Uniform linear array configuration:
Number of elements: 64
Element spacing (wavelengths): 0.75
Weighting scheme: uniform
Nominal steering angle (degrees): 0
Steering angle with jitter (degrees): -1.63
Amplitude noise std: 0.05
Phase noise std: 0.05

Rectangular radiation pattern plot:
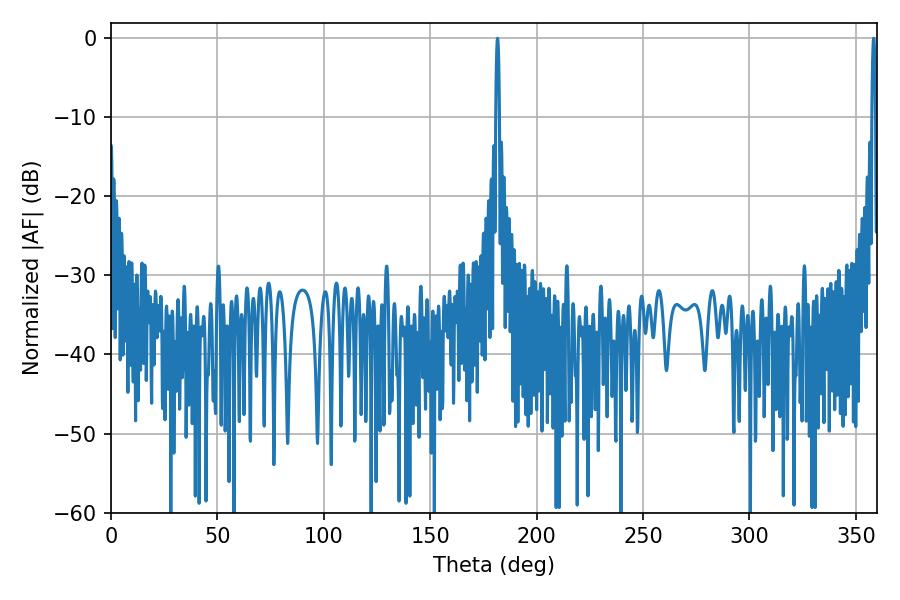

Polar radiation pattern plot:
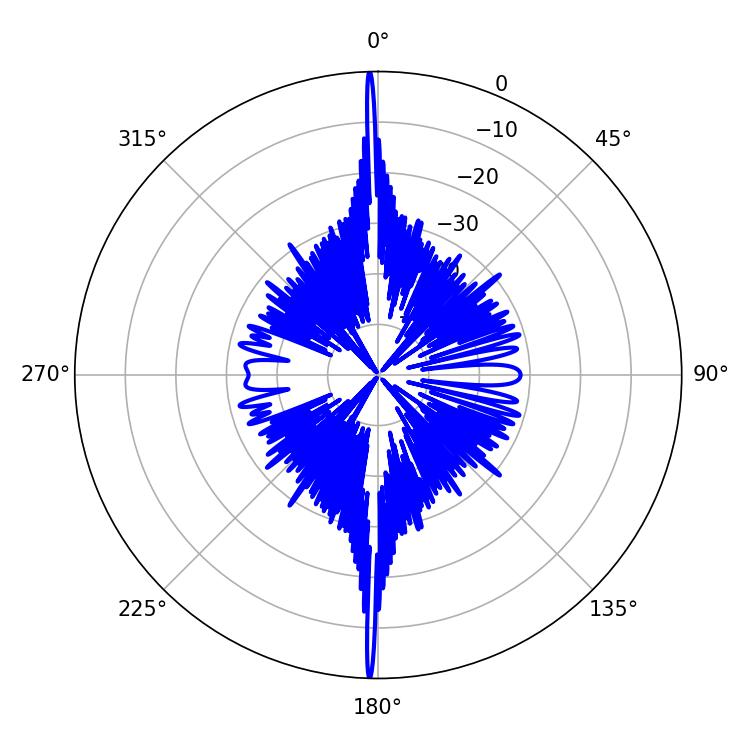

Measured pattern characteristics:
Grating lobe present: TRUE
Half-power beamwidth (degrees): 0.72
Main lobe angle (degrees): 358.38